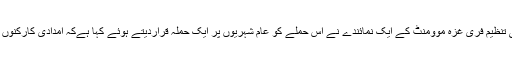
لیکن بحری قافلے کا انتظام کرنے والی تنظیم فری غزہ موومنٹ کے ایک نمائندے نے اس حملے کو عام شہریوں پر ایک حملہ قراردیتے ہوئے کہا ہےکہ امدادی کارکنوں کے تشدد کرنے کے عزائم نہیں تھے۔